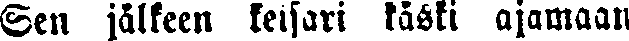
Sen jälkeen keisari käski ajamaan